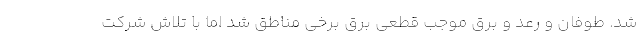
شد. طوفان و رعد و برق موجب قطعی برق برخی مناطق شد اما با تلاش شرکت